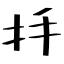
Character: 抙